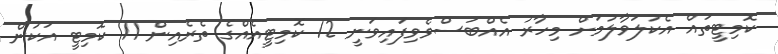
ކޮމިޓީތައް އެކުލަވާލުމަށް މިހާރު އެއްބަސްވެވިފައިވަނީ 12 ކޮމިޓީއެއްގެ ތެރެއިން 11 ކޮމިޓީ އަކުން